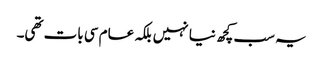
یہ سب کچھ نیا نہیں بلکہ عام سی بات تھی۔